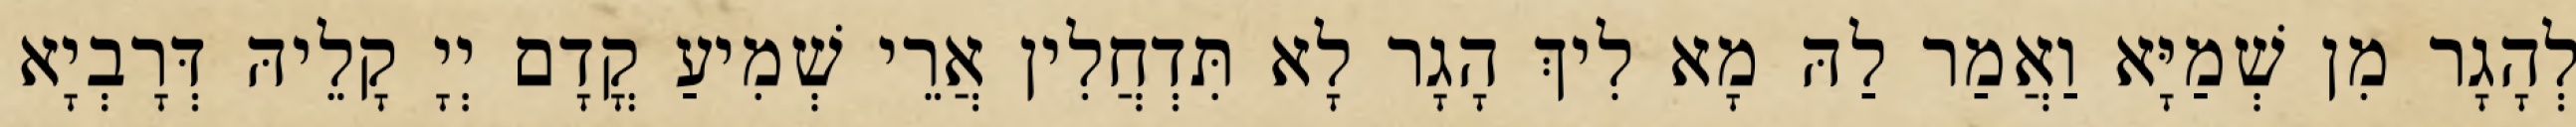
לְהָגָר מִן שְׁמַיָּא וַאֲמַר לַהּ מָא לִיךְ הָגָר לָא תִּדְחֲלִין אֲרֵי שְׁמִיעַ קֳדָם יְיָ קָלֵיהּ דְּרָבְיָא